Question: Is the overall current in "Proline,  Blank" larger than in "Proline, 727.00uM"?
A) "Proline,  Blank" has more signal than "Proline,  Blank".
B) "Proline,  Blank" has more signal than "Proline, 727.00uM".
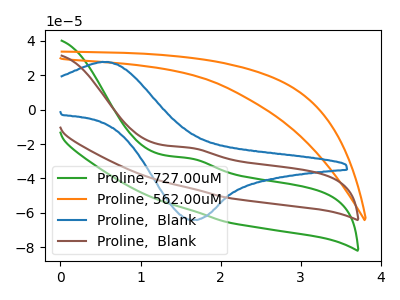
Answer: <think>The green curve "Proline, 727.00uM" has an anodic peak at: (1.60V, -28.30uA). The orange curve "Proline, 562.00uM" has no peaks. The blue curve "Proline,  Blank" has an anodic peak at (0.60V, 27.65uA) and a cathodic peak at (1.65V, -64.10uA). The brown curve "Proline,  Blank" has an anodic peak at: (1.60V, -22.15uA).
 All the peaks in "Proline,  Blank" have a peak in "Proline, 727.00uM" at the same potential. Every peak in "Proline,  Blank" is higher than every peak in "Proline, 727.00uM".</think>
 <answer>B) "Proline,  Blank" has more signal than "Proline, 727.00uM".</answer>
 <eval>B</eval>